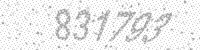
Solution: 831793